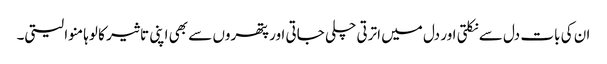
ان کی بات دل سے نکلتی اور دل میں اترتی چلی جاتی اور پتھروں سے بھی اپنی تاثیر کا لوہا منوا لیتی۔